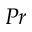
P r